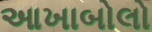
આખાબોલો